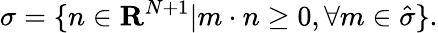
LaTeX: \sigma=\{ n\in{\mathbf R}^{N+1}|m\cdot n\geq 0,\forall m\in\hat{\sigma}\} .